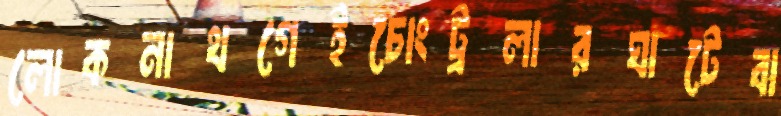
লোকনাথগেইচোংট্রলারঘাটেবা